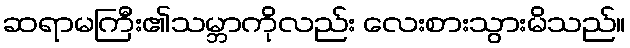
ဆရာမကြီး၏သမ္ဘာကိုလည်း လေးစားသွားမိသည်။